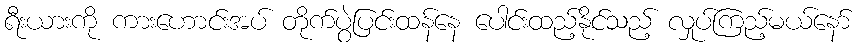
ရီးယားကို ကားဟောင်းအပ် တိုက်ပွဲပြင်းထန်နေ ပေါင်းထည့်နိုင်သည့် လှုပ်ကြည့်မယ်နော်